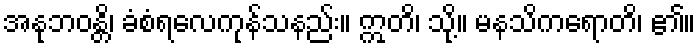
အနုဘဝန္တိ၊ ခံစံရလေကုန်သနည်း။ ဣတိ၊ သို့။ မနသိကရောတိ၊ ၏။